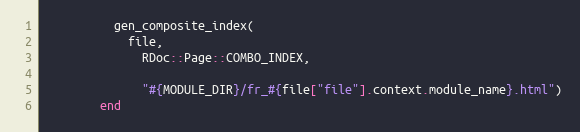
Language: Ruby
          gen_composite_index(
            file,
              RDoc::Page::COMBO_INDEX,

              "#{MODULE_DIR}/fr_#{file["file"].context.module_name}.html")
        end